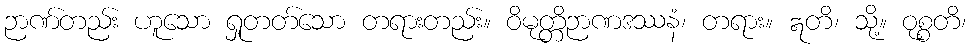
ဉာဏ်တည်း ဟူသော ရှုတတ်သော တရားတည်း။ ဝိမုတ္တိဉာဏဒဿနံ၊ တရား။ ဣတိ၊ သို့။ ဝုစ္စတိ၊